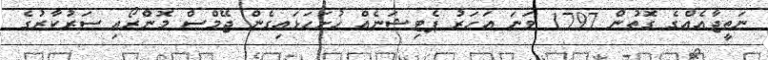
ނަތީޖާއެއްގެ ގޮތުން 1797 ވަނަ އަހަރު ޕެޓިޝަނެއް ހުށަހަޅައިގެން ޖޭމްސް މޮންރޯއި ސަރުކާރުގެ